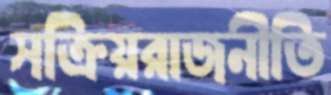
সক্রিয়রাজনীতি